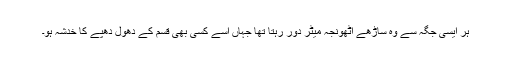
ہر ایسی جگہ سے وہ ساڑھے اٹھونجہ میٹر دور رہتا تھا جہاں اسے کسی بھی قسم کے دھول دھپّے کا خدشہ ہو۔